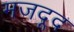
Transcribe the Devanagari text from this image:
मजदूद